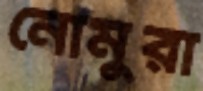
নোমুরা